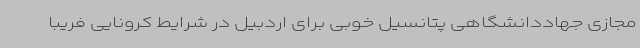
مجازی جهاددانشگاهی پتانسیل خوبی برای اردبیل در شرایط کرونایی فریبا